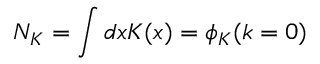
N _ { K } = \int d x K ( x ) = \phi _ { K } ( k = 0 )